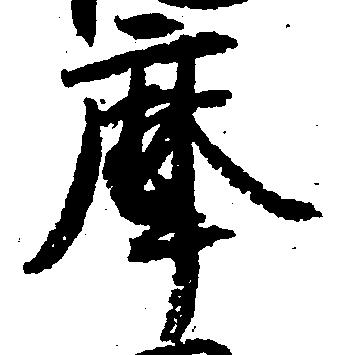
摩